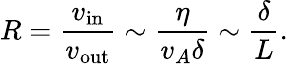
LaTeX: R={\frac{v_{\mathrm{in}}}{v_{\mathrm{out}}}}\sim{\frac{\eta}{v_{A}\delta}}\sim{\frac{\delta}{L}}.